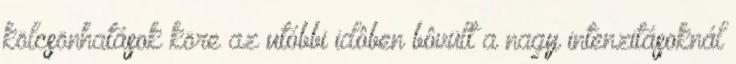
kölcsönhatások köre az utóbbi idôben bôvült a nagy intenzitásoknál